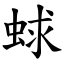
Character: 蛷